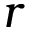
\boldsymbol { r }